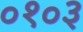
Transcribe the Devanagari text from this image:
०१०३